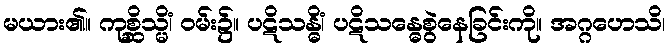
မယား၏။ ကုစ္ဆိသ္မိံ၊ ဝမ်း၌။ ပဋိသန္ဓိံ၊ ပဋိသန္ဓေစွဲနေခြင်းကို။ အဂ္ဂဟေသိ၊